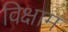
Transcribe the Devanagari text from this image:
विक्षाम